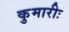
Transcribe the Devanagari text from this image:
कुमारीः